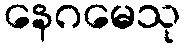
နေဂမေသု